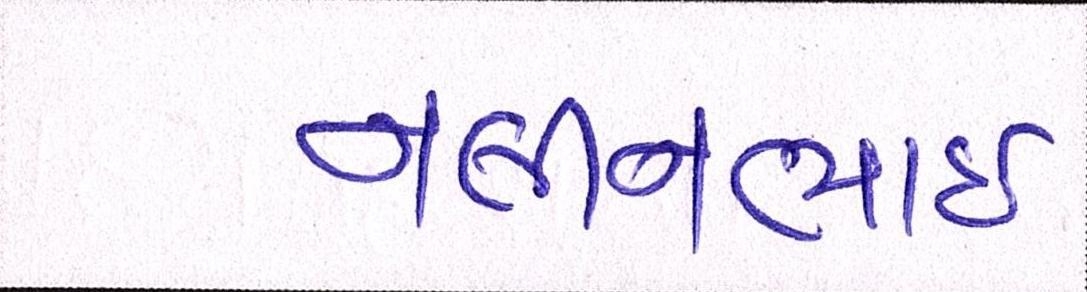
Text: નલીનભાઈ